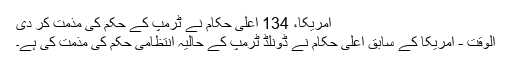
امریکا، 134 اعلی حکام نے ٹرمپ کے حکم کی مذمت کر دی
الوقت - امریکا کے سابق اعلی حکام نے ڈونلڈ ٹرمپ کے حالیہ انتظامی حکم کی مذمت کی ہے۔